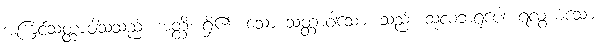
အကြင်သတ္တာဝါသသည်။ အတ္ထိ၊ ရှိ၏။ သော သတ္တာဝါသော၊ သည်။ သုလဘရူပေါ၊ ရလွယ်သော